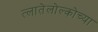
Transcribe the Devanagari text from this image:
त्लातेलोल्कोच्या